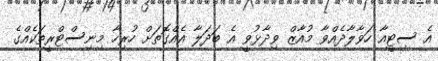
އެ ސިޓީއާ ހަވާލާދެއްވާ މުއާޒް ވިދާޅުވީ އެ ބަދަލާ އެއްގޮތަށް ހުރިހާ މިނިސްޓްރީތަކެއްގެ